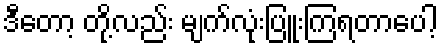
ဒီတော့ တို့လည်း မျက်လုံးပြူးကြရတာပေါ့